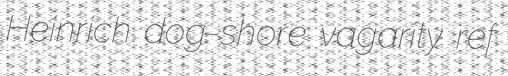
Heinrich dog-shore vagarity ref